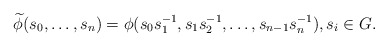
\begin{align*} \widetilde{\phi}(s_0, \ldots, s_n) = \phi(s_0 s_1^{-1}, s_1 s_2^{-1}, \ldots, s_{n-1} s_n^{-1}), s_i \in G.\end{align*}